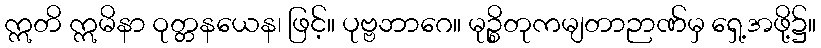
ဣတိ ဣမိနာ ဝုတ္တနယေန၊ ဖြင့်။ ပုဗ္ဗဘာဂေ။ မုဉ္စိတုကမျတာဉာဏ်မှ ရှေ့အဖို့၌။